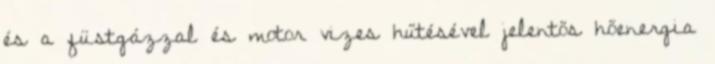
és a füstgázzal és motor vizes hűtésével jelentős hőenergia